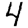
Digit: 4